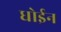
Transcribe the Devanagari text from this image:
धोईन